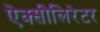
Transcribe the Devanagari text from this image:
ऐक्सीलिरेटर